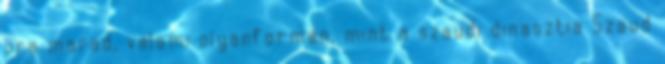
ura marad, valami olyanformán, mint a szaudi dinasztia Szaud